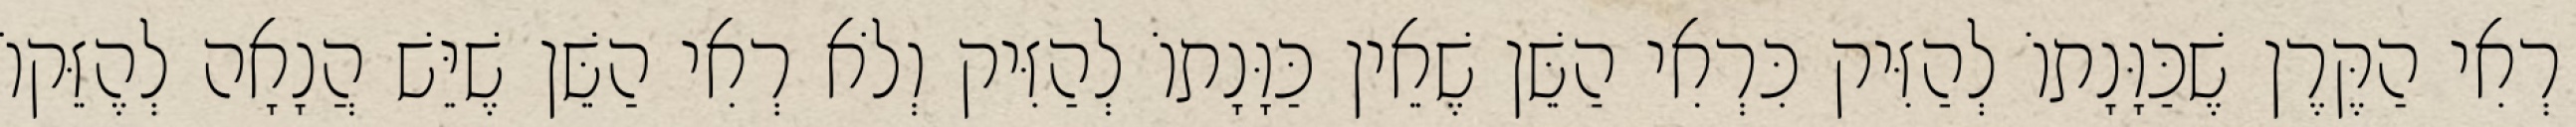
רְאִי הַקֶּרֶן שֶׁכַּוָּנָתוֹ לְהַזִּיק כִּרְאִי הַשֵּׁן שֶׁאֵין כַּוָּנָתוֹ לְהַזִּיק וְלֹא רְאִי הַשֵּׁן שֶׁיֵּשׁ הֲנָאָה לְהֶזֵּקוֹ